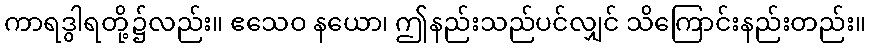
ကာရဒွါရတို့၌လည်း။ ဧသေဝ နယော၊ ဤနည်းသည်ပင်လျှင် သိကြောင်းနည်းတည်း။